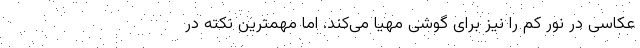
عکاسی در نور کم را نیز برای گوشی مهیا می‌کند. اما مهمترین نکته در